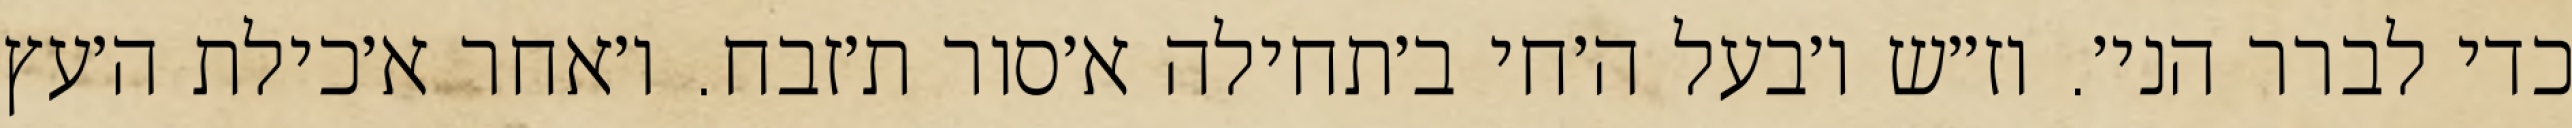
כדי לברר הני׳. וז״ש ו׳בעל ה׳חי ב׳תחילה א׳סור ת׳זבח. ו׳אחר א׳כילת ה׳עץ